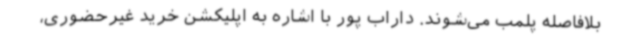
بلافاصله پلمب می‌شوند. داراب پور با اشاره به اپلیکشن خرید غیرحضوری،